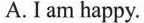
A. I am happy.